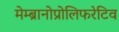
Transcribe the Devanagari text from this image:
मेम्ब्रानोप्रोलिफरेटिव